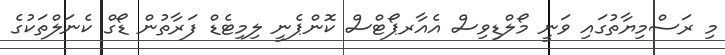
މި ރަސްމިޔާތުގައި ވަނީ މޯލްޑިވިސް އެއާރޕޯޓްސް ކޮންޕެނީ ލިމިޓެޑް ފަރާތުން ޑޯގް ކެނަލްތަކުގެ